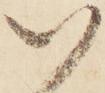
や